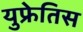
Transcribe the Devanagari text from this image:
युफ्रेतिस